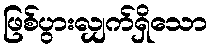
ဖြစ်ပွားလျှက်ရှိသော